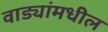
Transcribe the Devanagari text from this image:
वाड्यांमधील